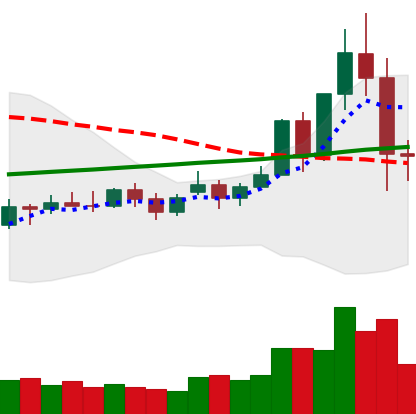
Ticker: NEO-USD
Chart end date: 2020-11-27
Forward return: 5.549%
Label: up_5_7